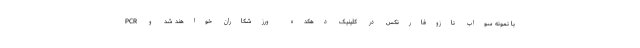
PCR با نمونه سواب نازوفارنکس در کلینیک دهکده ورزشکاران خواهند شد و